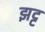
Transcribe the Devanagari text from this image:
झट्ट